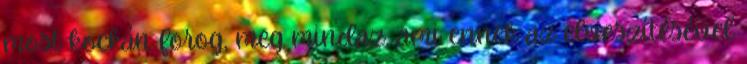
most kockán forog, meg mindaz, ami ennek az elveszítésével